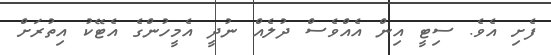
ފެށި އެވެ. ސިޓީ އިން އެއްވެސް ދުލެއް ނުދީ އެމީހުންގެ އެޓޭކު އިތުރަށް